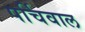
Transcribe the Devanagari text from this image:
पर्चिवाल